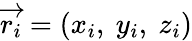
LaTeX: \overrightarrow{r_{i}}=(x_{i},~y_{i},~z_{i})